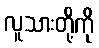
လူသားတို့ကို